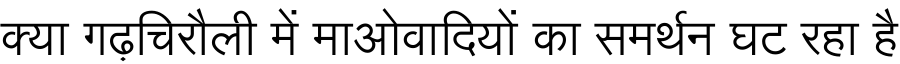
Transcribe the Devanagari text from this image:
क्या गढ़चिरौली में माओवादियों का समर्थन घट रहा है